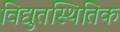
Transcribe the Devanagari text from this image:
विद्युतस्थितिक